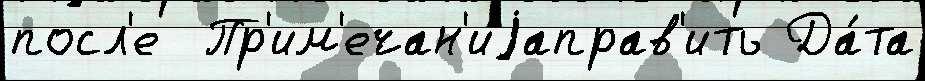
посл'е  Пр'им'ечан'иjаправ'ить Да́та